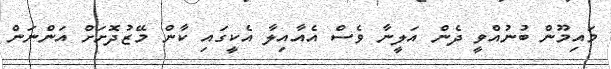
މައިމޫން ބުނުއްވީ ދެން އަލީނާ ވެސް އެއާއިލާ އެކީގައި ކާން މޭޒުދޮށަށް އަންނަން